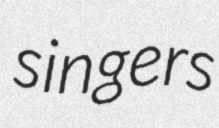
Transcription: singers